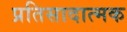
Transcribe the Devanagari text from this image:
प्रतिसादात्मक